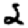
Digit: 2